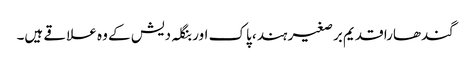
گندھارا قدیم برصغیر ہند، پاک اور بنگلہ دیش کے وہ علاقے ہیں۔